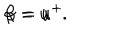
\alpha = u ^ { + } \hspace { 0 . 5 c m } \beta = u ^ { - } .